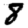
Digit: 8